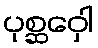
ပုစ္ဆဝှေါ